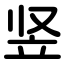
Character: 竖